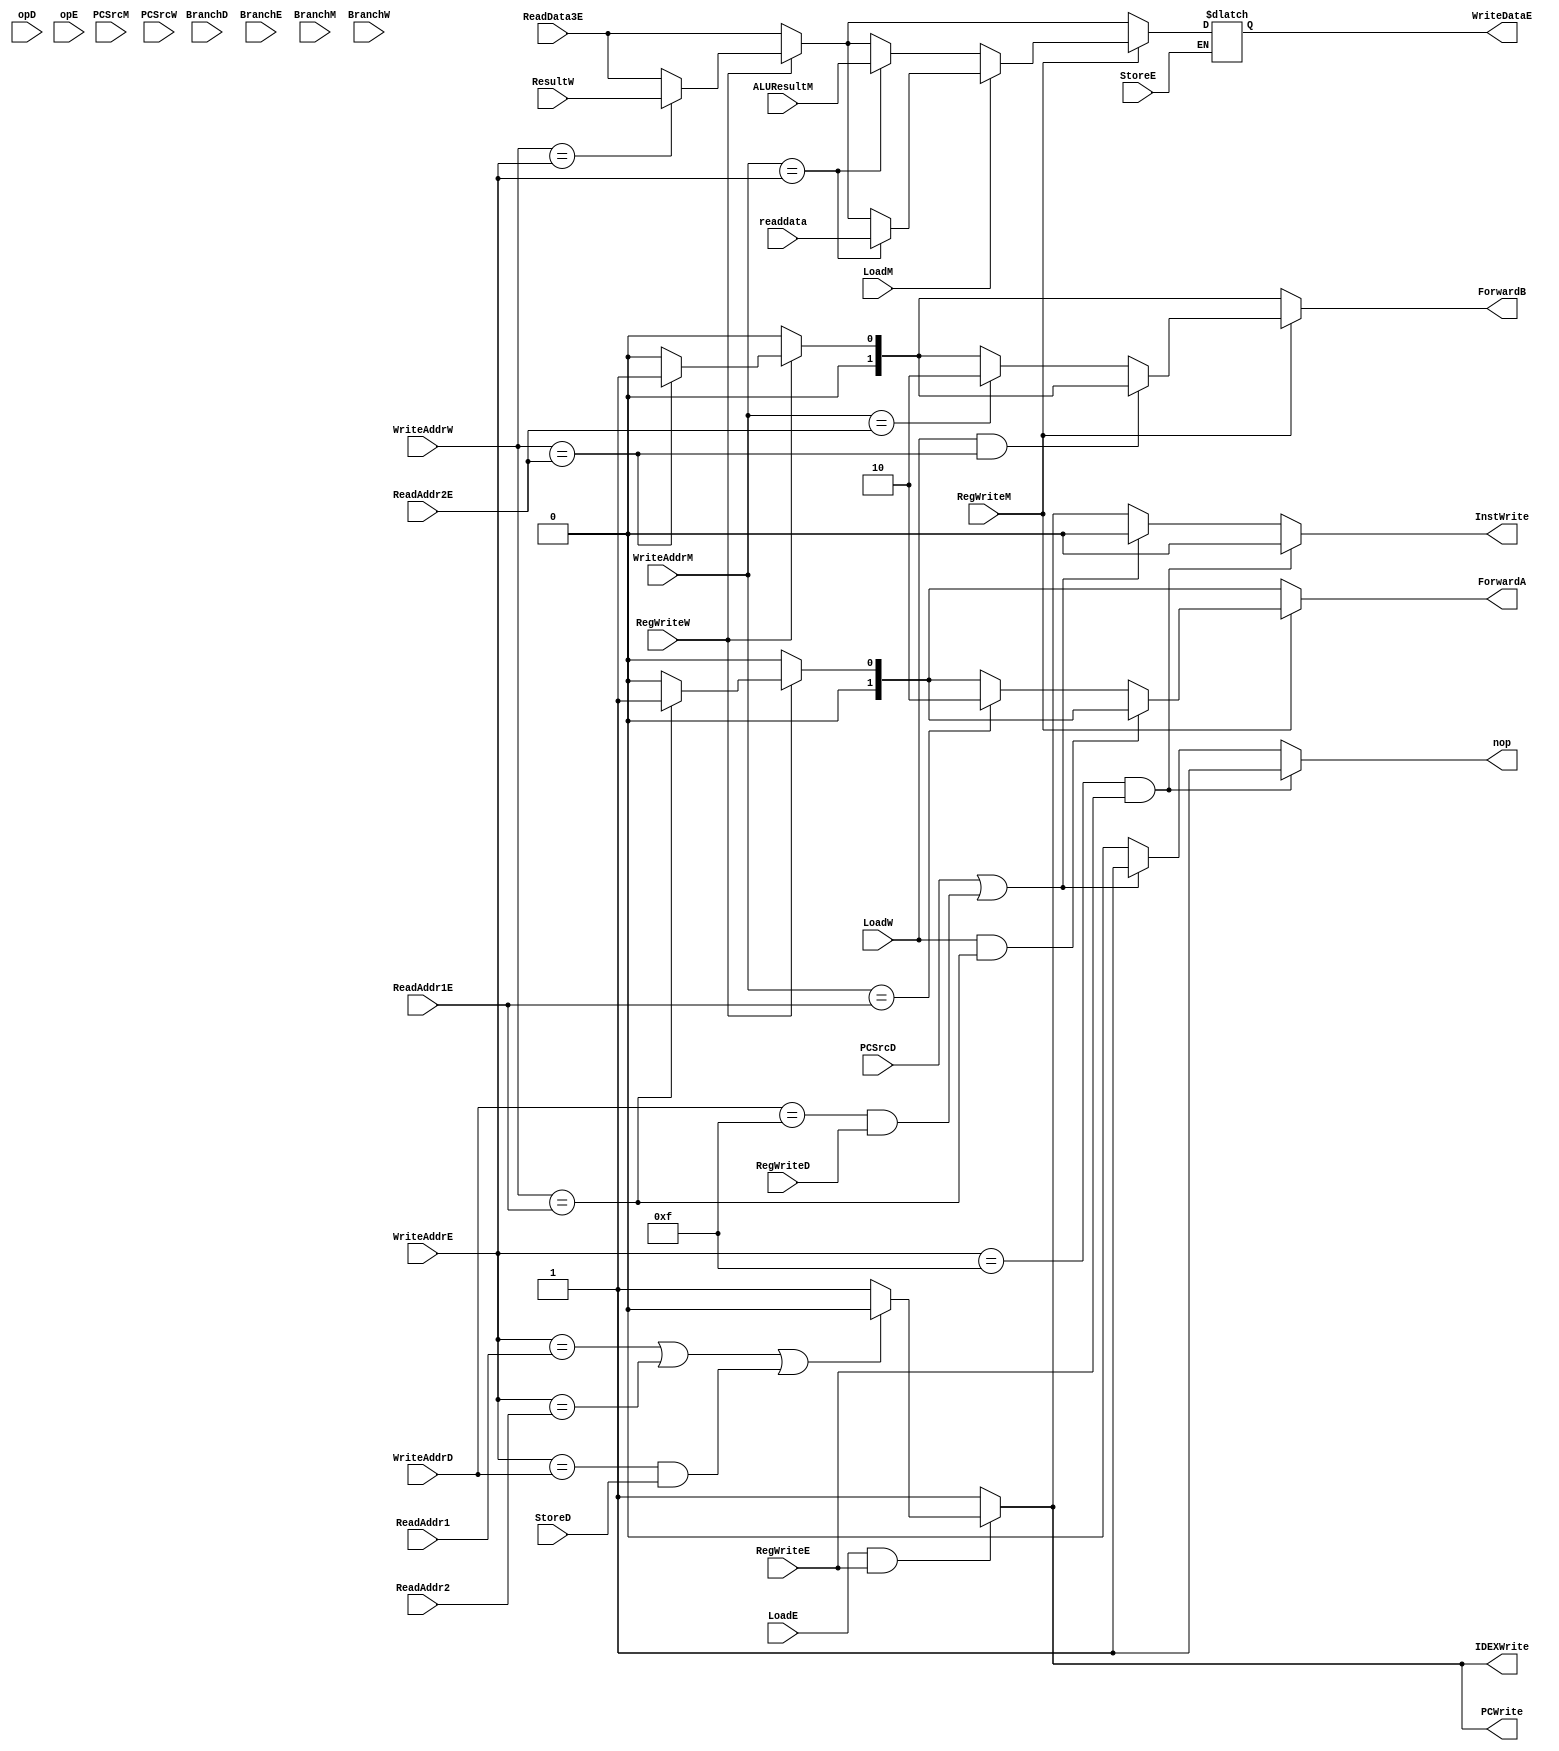
module Hazard_Unit(
	input[3:0] WriteAddrD,
	input[3:0] WriteAddrE,
	input[3:0] WriteAddrM,
	input[3:0] WriteAddrW,
	input StoreD,
	input StoreE,
	input[3:0] ReadAddr1,
	input[3:0] ReadAddr2,
	input[3:0] ReadAddr1E,
	input[3:0] ReadAddr2E,
	input[31:0] ReadData3E,
	input[31:0] ALUResultM,
	input[31:0] ResultW,
	input[31:0] readdata,
	input LoadE,
	input LoadM,
	input LoadW,
	input BranchD,
	input BranchE,
	input BranchM,
	input BranchW,
	input[1:0] opD,
	input[1:0] opE,
	input PCSrcD,
	input PCSrcM,
	input PCSrcW,
	input RegWriteD,
	input RegWriteE,
	input RegWriteM,
	input RegWriteW,
	output reg nop,
	output reg[1:0] ForwardA,
	output reg[1:0] ForwardB,
	output reg PCWrite,			// PC update X for stall
	output reg InstWrite,		// InstD : nop for stall
	output reg IDEXWrite,
	output reg[31:0] WriteDataE
	);
	
	always @ (*)		// Forward A, B
	begin
		ForwardA = 2'b00;
		ForwardB = 2'b00;
		if (RegWriteW == 1'b1)
		begin
			if (WriteAddrW == ReadAddr1E)
				ForwardA = 2'b01;
			if (WriteAddrW == ReadAddr2E)
				ForwardB = 2'b01;
		end
		
		if (RegWriteM == 1'b1)
		begin
			if (~(LoadW == 1'b1 && WriteAddrW == ReadAddr1E))		// M : Stall
				begin
					if (WriteAddrM == ReadAddr1E)
						ForwardA = 2'b10;
				end
			if (~(LoadW == 1'b1 && WriteAddrW == ReadAddr2E))
				begin
					if (WriteAddrM == ReadAddr2E)
						ForwardB = 2'b10;
				end
		end
		
		if (StoreE == 1'b1)
		begin
			WriteDataE = ReadData3E;
			if (RegWriteW == 1'b1)
			begin
				if (WriteAddrW == WriteAddrE)
					WriteDataE = ResultW;
			end
			if (RegWriteM == 1'b1)
			begin
				if (LoadM == 1'b1)
				begin
					if (WriteAddrM == WriteAddrE)
						WriteDataE = readdata;
				end
				else
				begin
					if (WriteAddrM == WriteAddrE)
						WriteDataE = ALUResultM;				
				end
			end
		end
	end
	
	always @ (*)	// Load + Data Dependency -> Stall
	begin
		PCWrite = 1'b1;
		InstWrite = 1'b1;
		IDEXWrite = 1'b1;
		nop = 1'b0;
		if (LoadE == 1'b1 && RegWriteE == 1'b1)
		begin
			if (WriteAddrE == ReadAddr1 || WriteAddrE == ReadAddr2 || (WriteAddrE == WriteAddrD && StoreD == 1'b1))
			begin
				PCWrite = 1'b0;
				InstWrite = 1'b0;
				IDEXWrite = 1'b0;
			end
		end
		
		if (PCSrcD == 1'b1 || (WriteAddrD == 4'b1111 && RegWriteD == 1'b1))		// Branch taken -> stall
		begin
			InstWrite = 1'b0;
			nop = 1'b1;
		end
		
		if (WriteAddrE == 4'b1111 && RegWriteE == 1'b1)
		begin
			nop = 1'b1;
			InstWrite = 1'b0;
		end
	end


endmodule